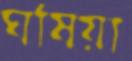
ঘষিয়া